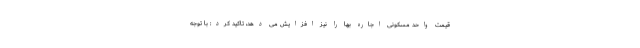
قیمت واحد مسکونی اجاره بها را نیز افزایش می دهد، تاکید کرد: با توجه